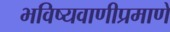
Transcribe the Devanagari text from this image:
भविष्यवाणीप्रमाणे